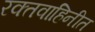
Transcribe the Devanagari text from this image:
रक्तवाहिनीत